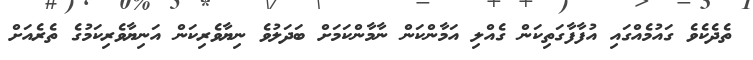
ތެދެކެވެ ގައުމެއްގައި އުފާފާގަތިކަން ގެއްލި އަމާންކަން ނާމާންކަމަށް ބަދަލުވެ ނިޔާވެރިކަން އަނިޔާވެރިކަމުގެ ތެރެއަށް